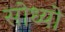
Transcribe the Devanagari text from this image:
सोध्यो